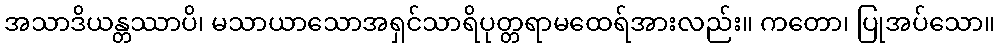
အသာဒိယန္တဿာပိ၊ မသာယာသောအရှင်သာရိပုတ္တရာမထေရ်အားလည်း။ ကတော၊ ပြုအပ်သော။